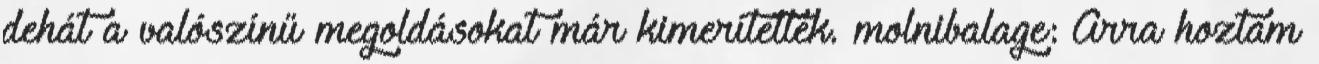
dehát a valószínű megoldásokat már kimerítették. molnibalage: Arra hoztam